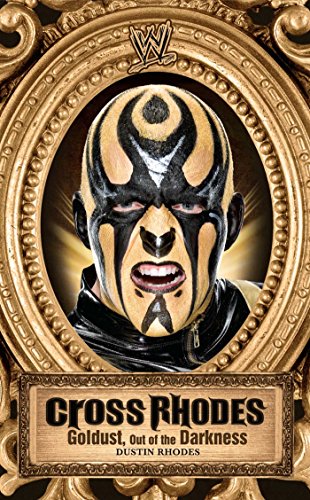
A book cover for Cross Rhodes: Goldust, Out of the Darkness (WWE); Dustin Rhodes; Sports & Outdoors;